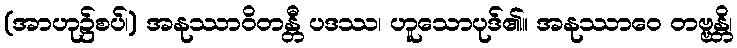
(အာဟု၌စပ်၊) အနုဿာဝိတန္တီ ပဒဿ၊ ဟူသောပုဒ်၏။ အနုဿာဝေ တဗ္ဗန္တိ၊